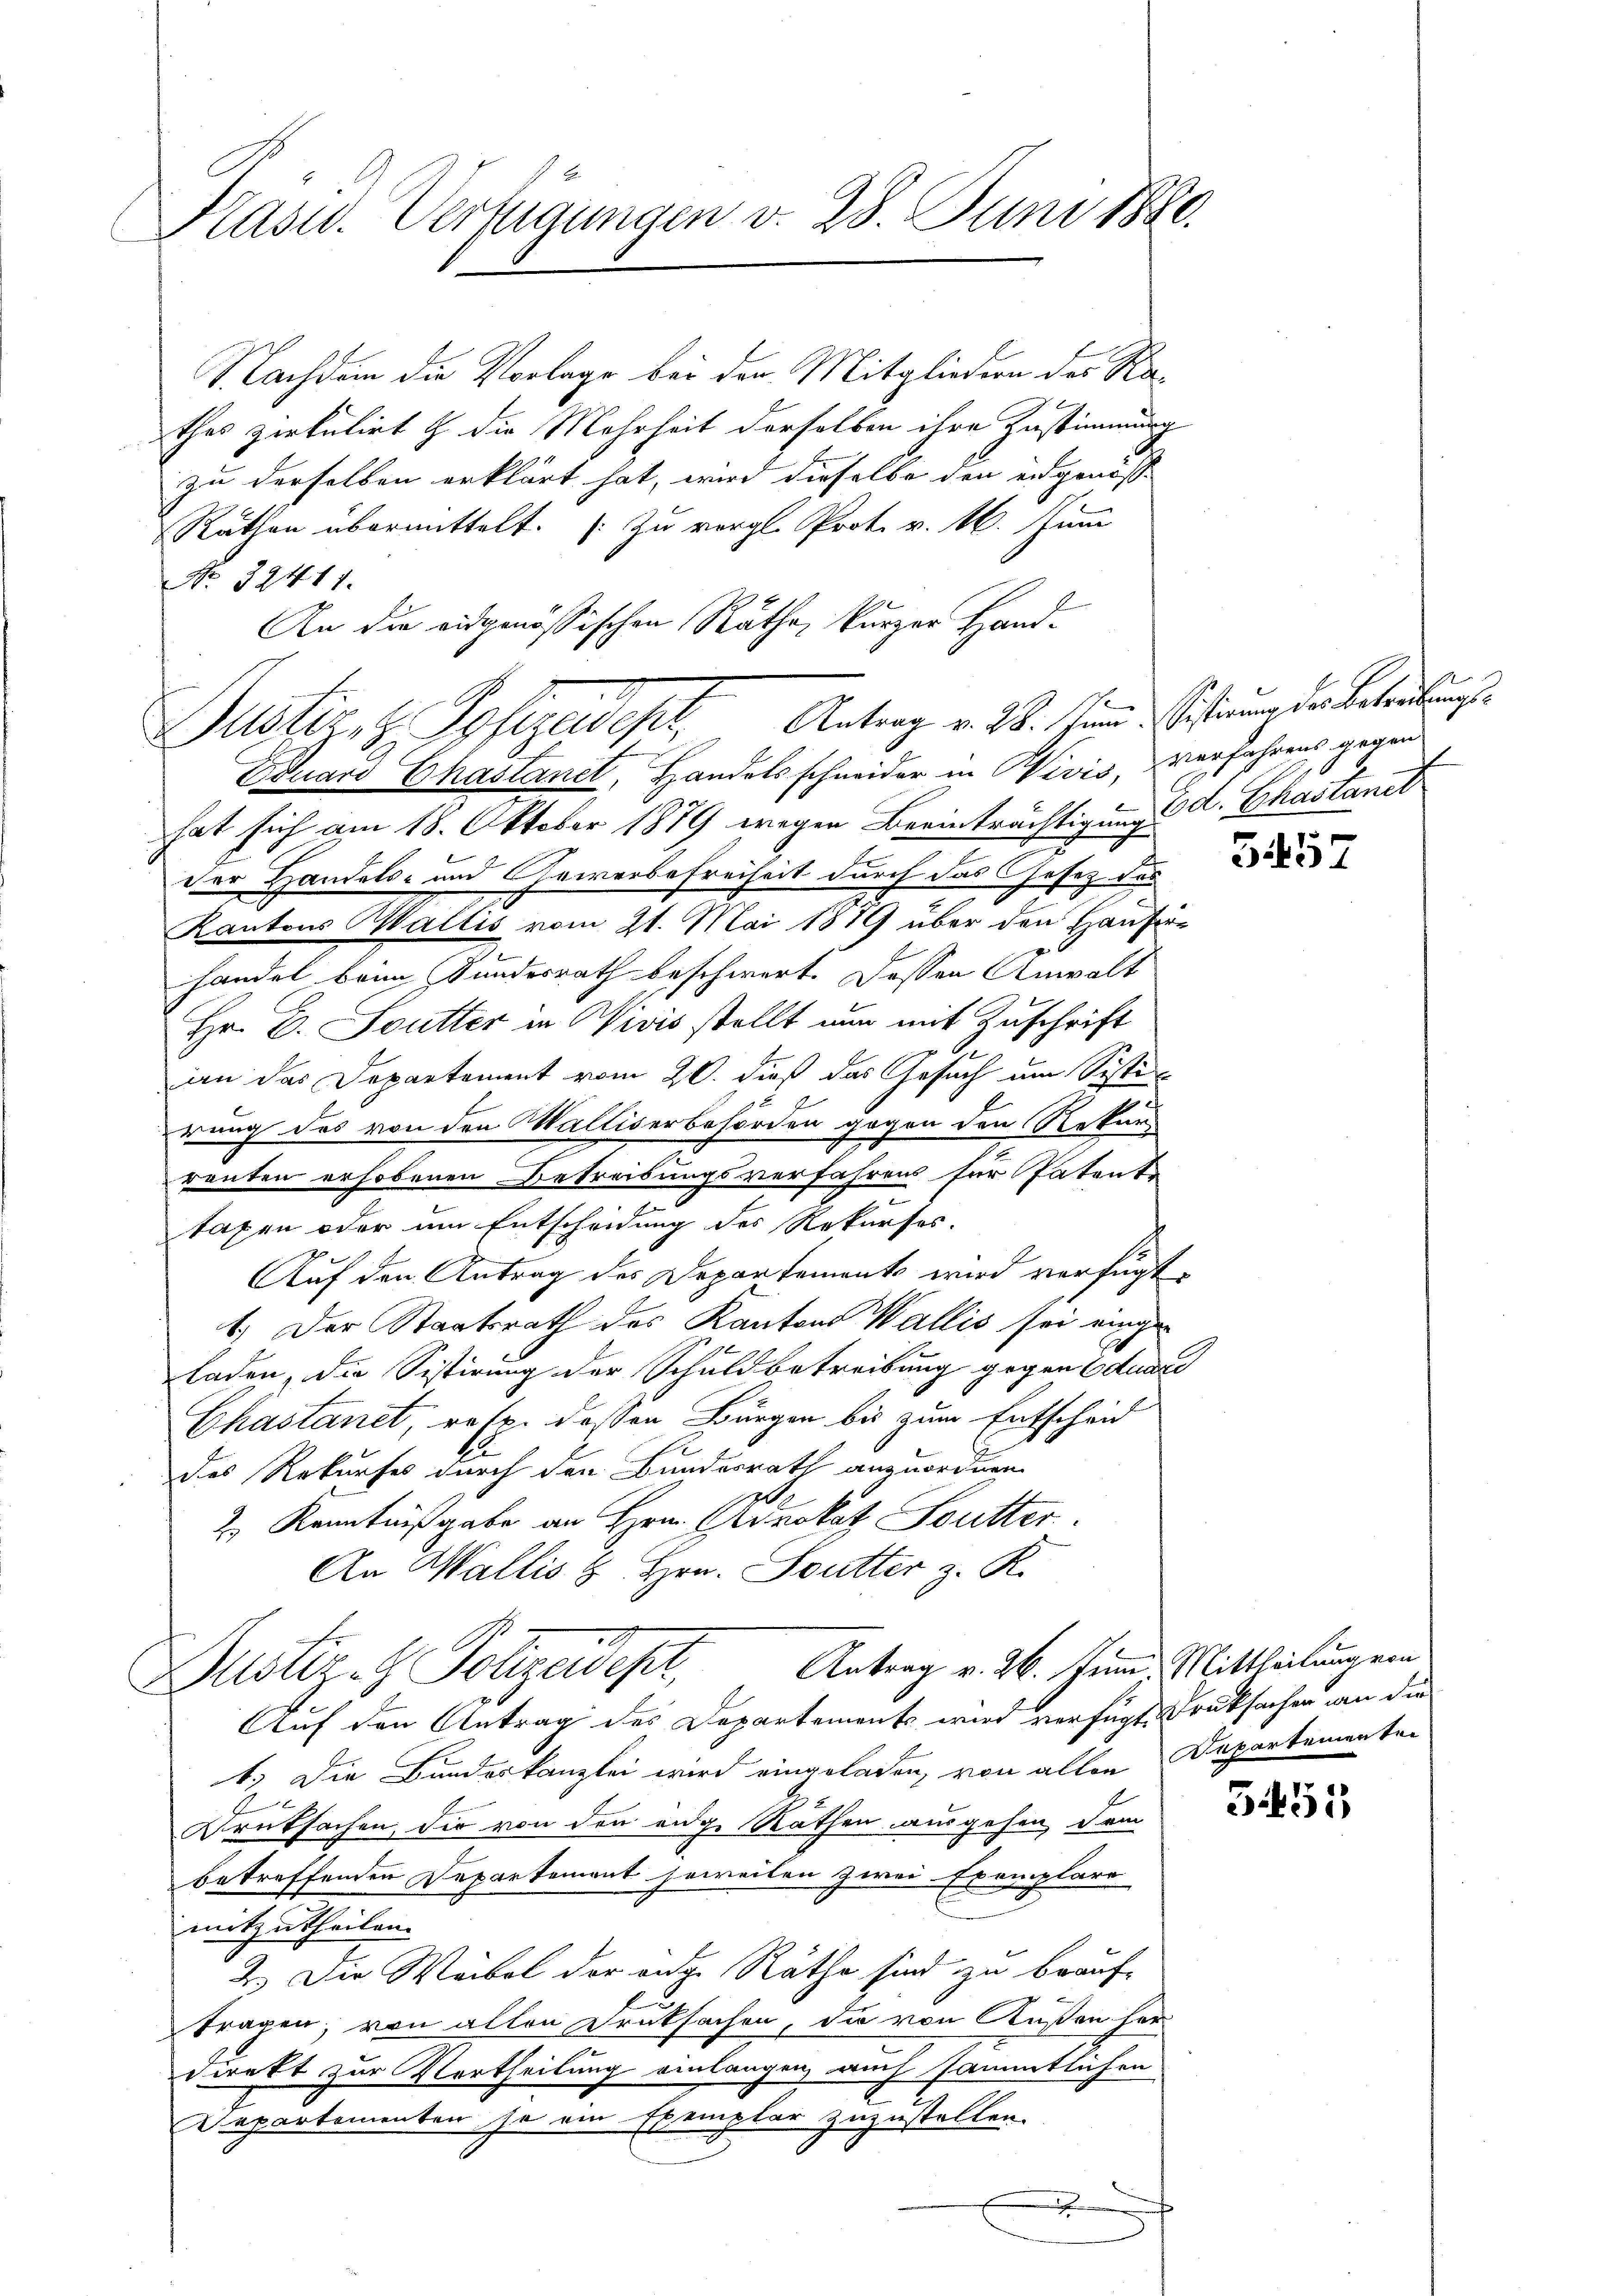
Kasid. Vertigungen v. 28. Juni 1880.

Nachdem die Vorlage bei der Mitgliedern der Kathes zirkulirt & die Mehrheit derselben ihre Zustimmung
zu derselben erklärt hat, wird dieselbe den eidgenosse |
Rathen übermittelt. (Zu vergl. Prot. v. 16. Juni
No 39441.
Eduard Chastanet, Handelsschneider in Vivis, Verfahrens gegen
hat sich am 18. Oktober 1879 wegen Beeinträchtigung d. Ghastandt
der Handels- und Gewerbefreiheit durch das Gesetz des
Kantons Wallis vom 21. Mai 1879 über den Hauser-
handel beim Bundesrath beschwert. Dessen Anwalt
Hr. C. Sutter in Nivis stellt nun mit Zuschrift
an das Departement vom 20. dieß das Gesuch um Sistin
rung des von den Walliserbehörden gegen den Rekur
ranten erhobenen Betreibungsverfahrens für Patente
e
taxen oder um Entscheidung des Rekursos.
Auf den Antrag des Departements wird verfügt:
1.) Der Staatsrath des Kantons Wallis sei eingeladen, die Sistirung der Schuldbetreibung gegen Eduar
Chastanet, resp. dessen Burgen bis zum Entscheid
des Rekurses durch den Bundesrath anzuordnen.
2.) Kenntnißgabe an Hrn. Advokat Butter.
An Wallis u Hrn. Soutter z. R.
Justiz- & Polizeidept, Antrag v. 26. Jun. Mittheilungen
Auf den Antrag des Departements wird verfügte Druksachen an die
1.) Die Bundeskanzlei wird eingeladen, von allen Departementen
Druksachen, die von den eige Rathen ausgehen, dem
betreffenden Departement jeweilen zwei Exemplare
mitzutheilen.
2.) Die Weibel der ange Räthe sind zu beauf-
tragen, von allen Druksachen, die von Küßen her
Direkt zur Vertheilung einlangen, auch sämmtlichen
Departementen je ein Exemplar zuzustellen.

An die eidgenössischen Räthe, kurzer Hand¬
Justiz, z. Sofezadest. Antrag v. 28. in Antrag der Beteilung

5457

5451